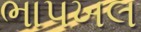
ભાપખલ